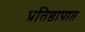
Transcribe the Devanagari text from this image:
प्रतिष्ठाप्राप्त